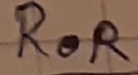
Text: ROR